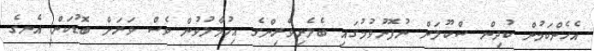
އެހެންކަމުން ކުދިން ސްކޫލަށް ނުފޮނުވުމުގައި ބެލެނިވެރިންގެ އިހުމާލުވުން ވެސް ވަރަށް ބޮޑުކަން އެނގެ